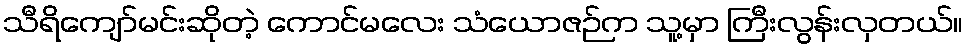
သီရိကျော်မင်းဆိုတဲ့ ကောင်မလေး သံယောဇဉ်က သူ့မှာ ကြီးလွန်းလှတယ်။